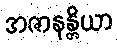
အဇာနန္တိယာ